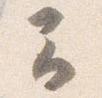
云